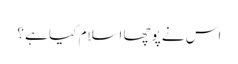
اس نے پوچھا اسلام کیا ہے ؟